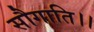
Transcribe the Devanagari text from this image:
सौगाति।।